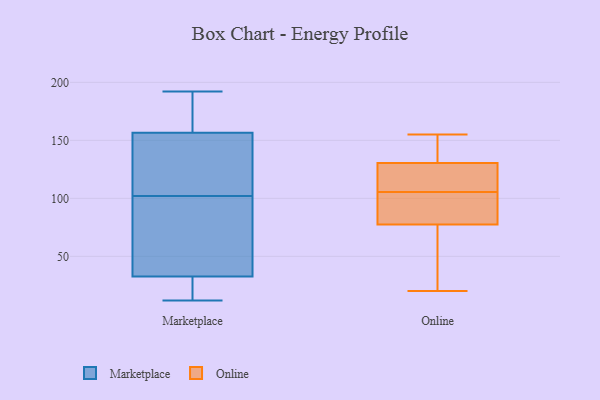
{"axis": {"x": "Production Output", "y": "Value"}, "legend": ["Marketplace", "Online"], "data": [{"x": "", "y": 120, "type": "Marketplace"}, {"x": "", "y": 192, "type": "Marketplace"}, {"x": "", "y": 25, "type": "Marketplace"}, {"x": "", "y": 12, "type": "Marketplace"}, {"x": "", "y": 150, "type": "Marketplace"}, {"x": "", "y": 38, "type": "Marketplace"}, {"x": "", "y": 116, "type": "Marketplace"}, {"x": "", "y": 188, "type": "Marketplace"}, {"x": "", "y": 27, "type": "Marketplace"}, {"x": "", "y": 65, "type": "Marketplace"}, {"x": "", "y": 163, "type": "Marketplace"}, {"x": "", "y": 88, "type": "Marketplace"}, {"x": "", "y": 24, "type": "Online"}, {"x": "", "y": 98, "type": "Online"}, {"x": "", "y": 132, "type": "Online"}, {"x": "", "y": 138, "type": "Online"}, {"x": "", "y": 155, "type": "Online"}, {"x": "", "y": 20, "type": "Online"}, {"x": "", "y": 97, "type": "Online"}, {"x": "", "y": 96, "type": "Online"}, {"x": "", "y": 116, "type": "Online"}, {"x": "", "y": 59, "type": "Online"}, {"x": "", "y": 143, "type": "Online"}, {"x": "", "y": 113, "type": "Online"}, {"x": "", "y": 119, "type": "Online"}, {"x": "", "y": 129, "type": "Online"}, {"x": "", "y": 85, "type": "Online"}, {"x": "", "y": 70, "type": "Online"}]}